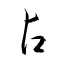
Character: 占